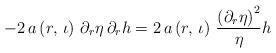
LaTeX: \begin{align*}-2\,a\left(r,\,\iota\right)\,\partial_{r}\eta\,\partial_{r}h=2\,a\left(r,\,\iota\right)\,\frac{\left(\partial_{r}\eta\right)^{2}}{\eta}h\end{align*}